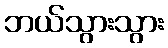
ဘယ်သွားသွား